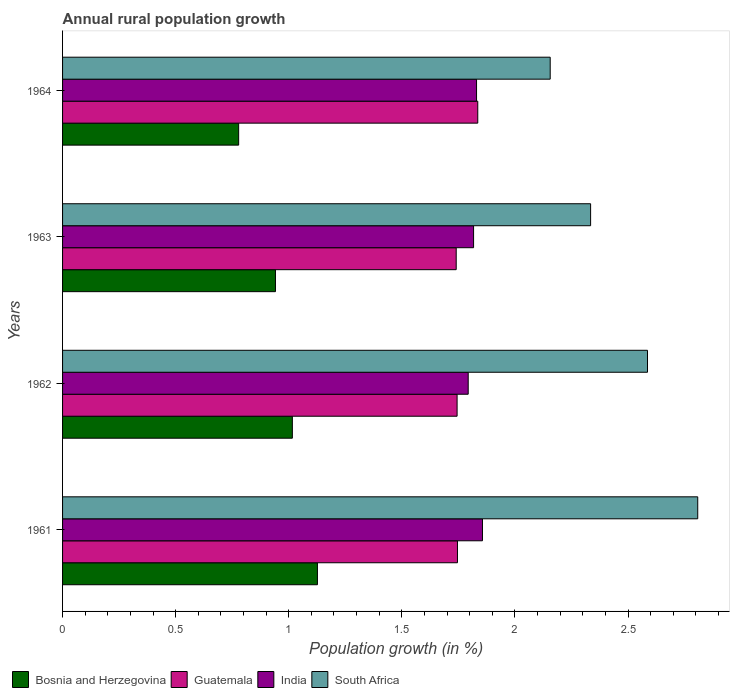
| Years | Bosnia and Herzegovina | Guatemala | India | South Africa |
 | --- | --- | --- | --- | --- |
 | 1961 | 1.13 | 1.75 | 1.86 | 2.81 |
 | 1962 | 1.02 | 1.74 | 1.79 | 2.59 |
 | 1963 | 0.941 | 1.74 | 1.82 | 2.33 |
 | 1964 | 0.779 | 1.84 | 1.83 | 2.16 |